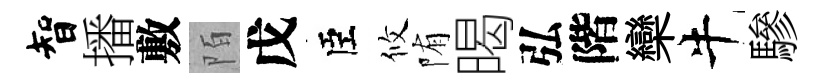
智播敷陌戊臣攸陏暍弘階欒牛驂